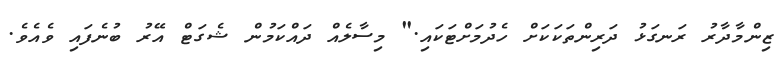
ޒިންމާދާރު ރަނގަޅު ދަރިންތަކަކަށް ހެދުމަށްޓަކައި." މިސާލެއް ދައްކަމުން ޝެގަޓް އޭރު ބުނެފައި ވެއެވެ.